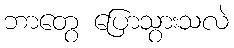
ဘာတွေ ပြောသွားသလဲ